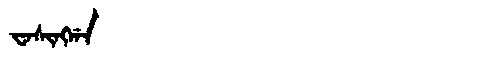
Manchu: ᠸᠠᠰᡳᠩᡤᠠ
Romanization: WASINGGA